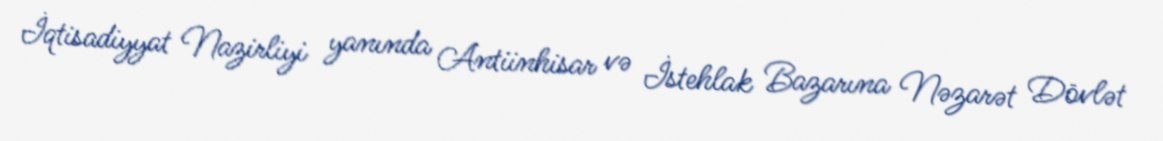
İqtisadiyyat Nazirliyi yanında Antiinhisar və İstehlak Bazarına Nəzarət Dövlət